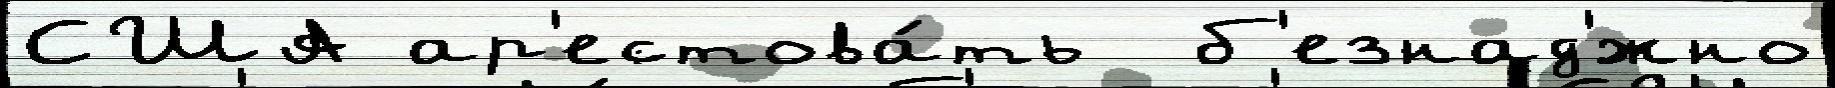
США ар'естова́ть  б'езнад'́жно